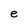
Character: e